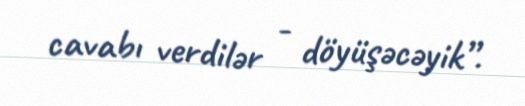
cavabı verdilər - döyüşəcəyik”.